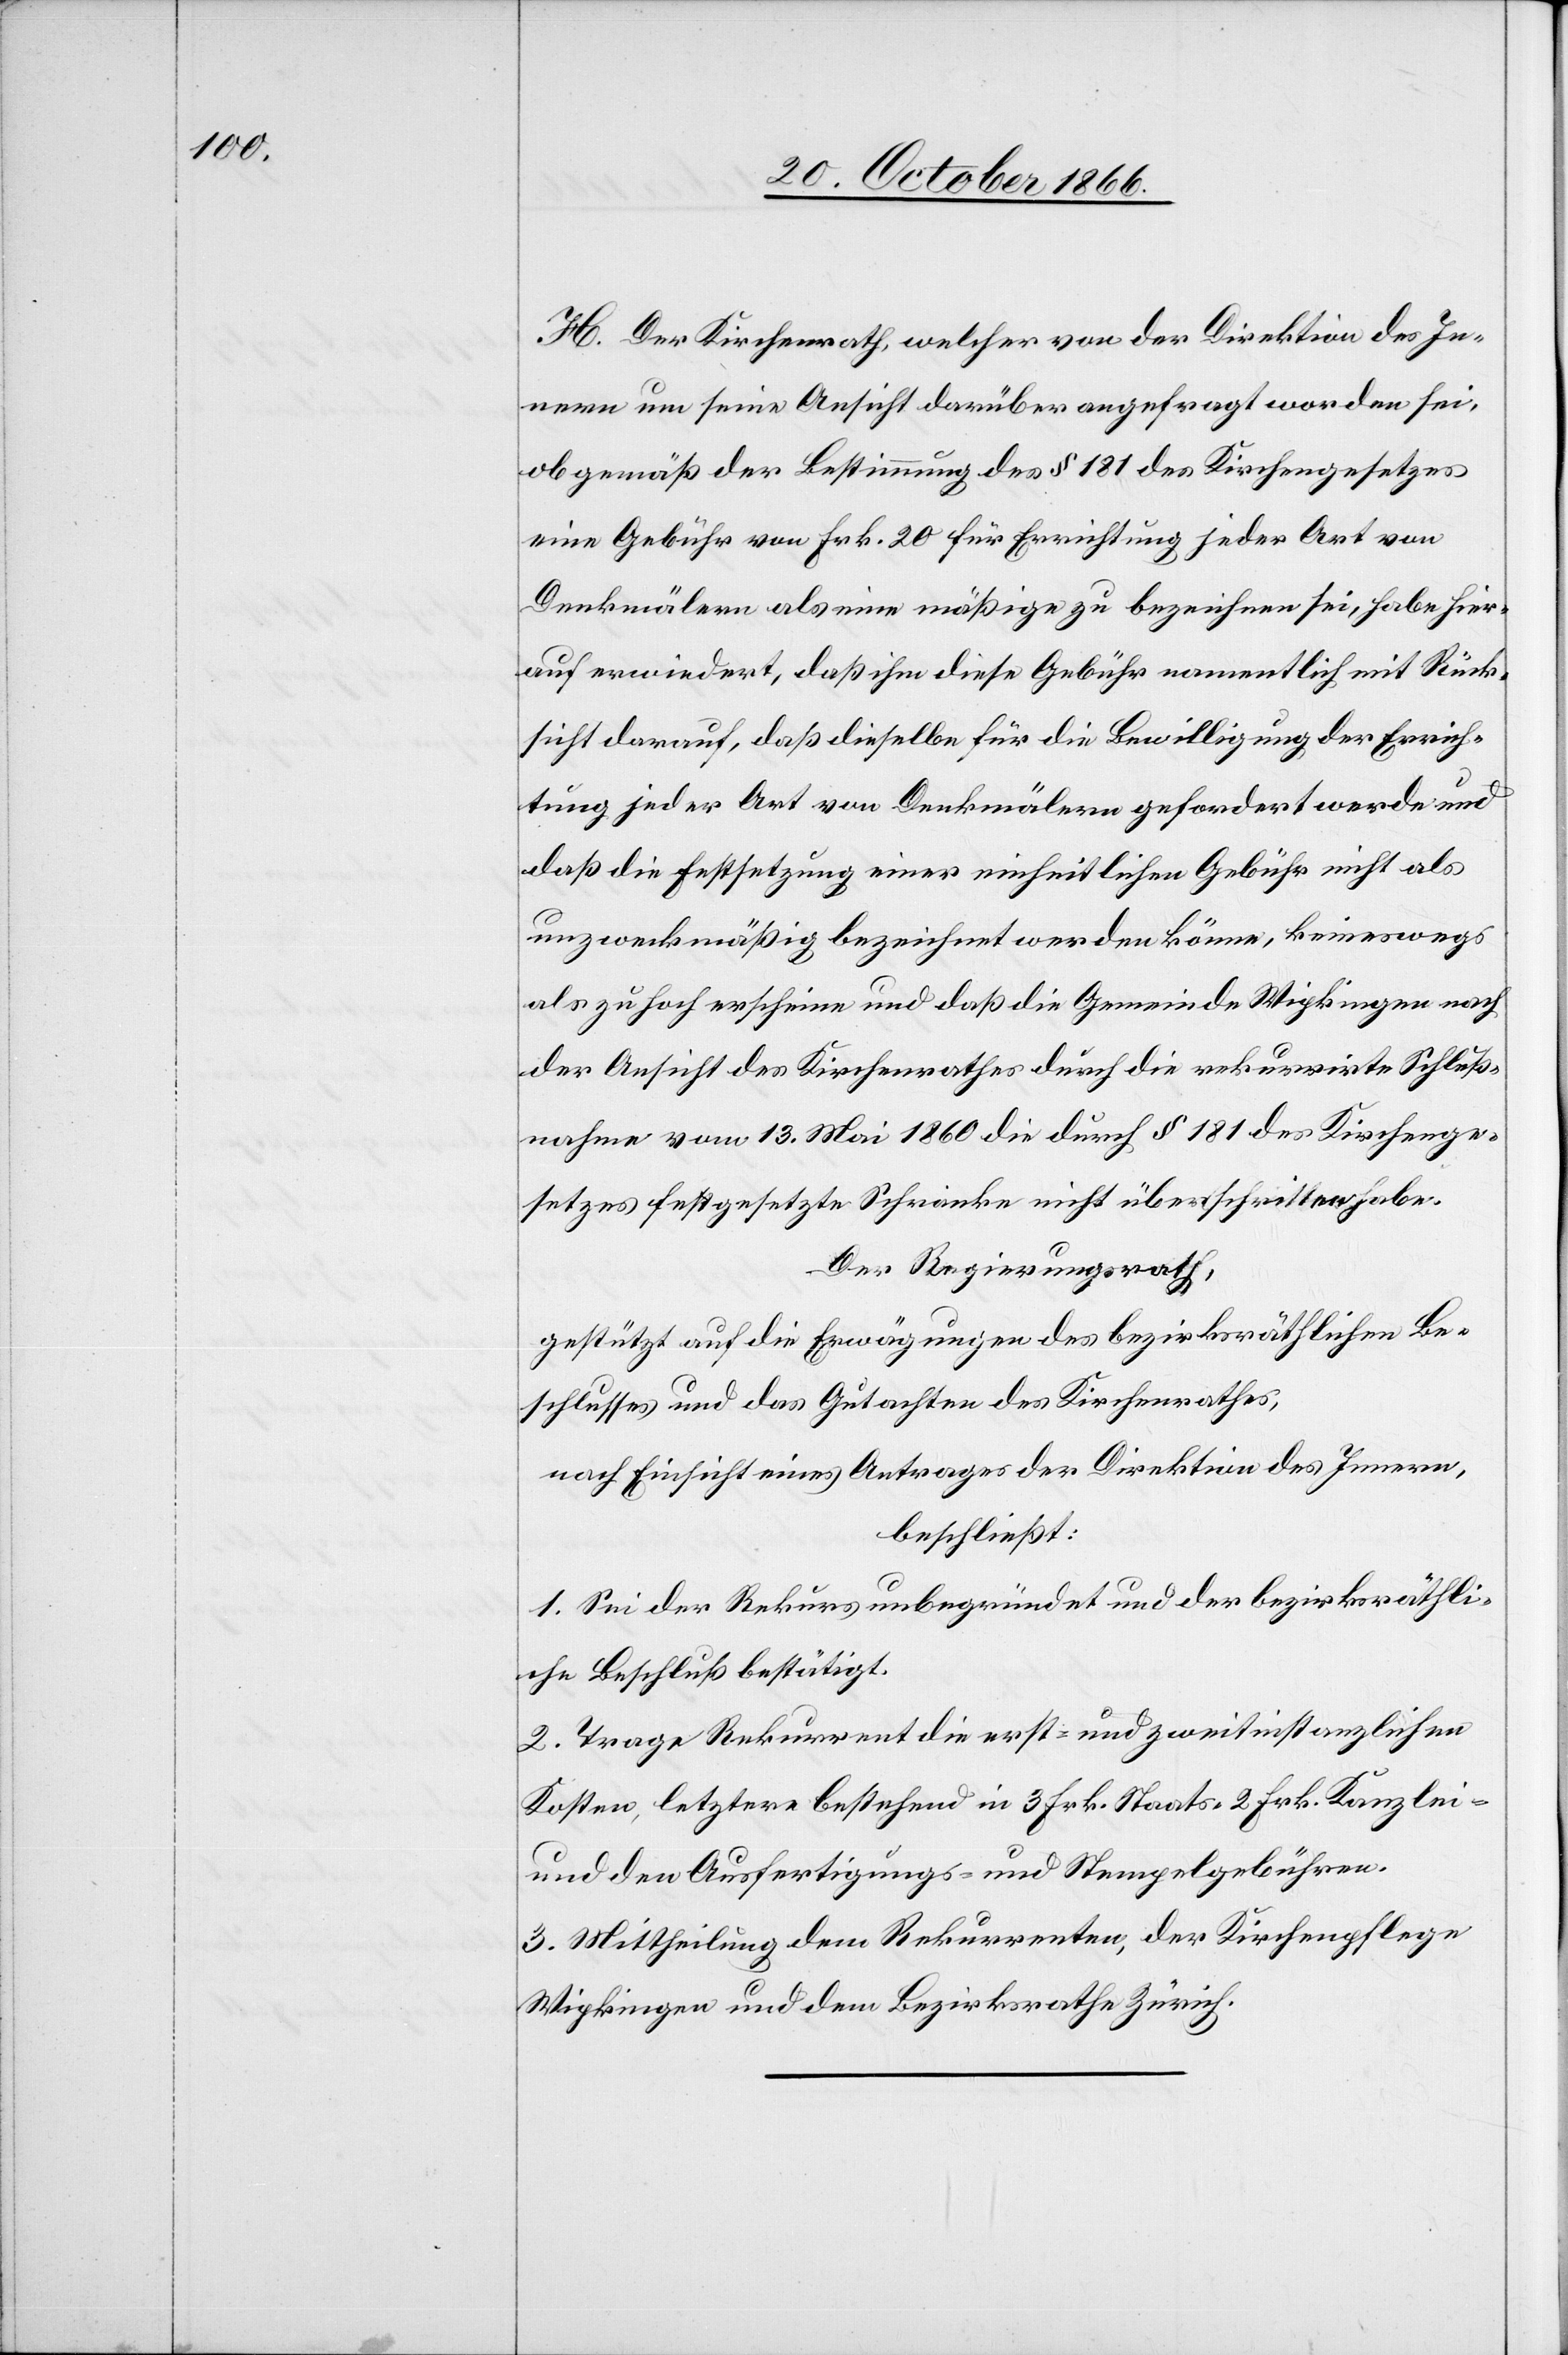
H. Der Kirchenrath, welcher von der Direktion des In¬
nern um seine Ansicht darüber angefragt worden sei,
ob gemäß der Bestimmung des § 181 des Kirchengesetzes
eine Gebühr von Frk. 20 für Errichtung jeder Art von
Denkmälern als eine mäßige zu bezeichnen sei, habe hier¬
auf erwiedert, daß ihm diese Gebühr namentlich mit Rück¬
sicht darauf, daß dieselbe für die Bewilligung der Errich¬
tung jeder Art von Denkmälern gefordert werde und
daß die Festsetzung einer einheitlichen Gebühr nicht als
unzweckmäßig bezeichnet werden könne, keineswegs
als zu hoch erscheine und daß die Gemeinde Wipkingen nach
der Ansicht des Kirchenrathes durch die rekurrirte Schluß¬
nahme vom 13. Mai 1860 die durch § 181 des Kirchenge¬
setzes festgesetzte Schranke nicht überschritten habe.
Der Regierungsrath,
gestützt auf die Erwägungen des bezirksräthlichen Be¬
schlusses und das Gutachten des Kirchenrathes,
nach Einsicht eines Antrages der Direktion des Innern,
beschließt:
1. Sei der Rekurs unbegründet und der bezirksräthli¬
che Beschluß bestätigt.
2. Trage Rekurrent die erst- und zweitinstanzlichen
Kosten, letztere bestehend in 3 Frk. Staats-[,] 2 Frk. Kanzlei-
und den Ausfertigungs- und Stempelgebühren.
3. Mittheilung dem Rekurrenten, der Kirchenpflege
Wipkingen und dem Bezirksrath Zürich.